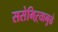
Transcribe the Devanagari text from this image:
ससेमिऱ्यामुळे